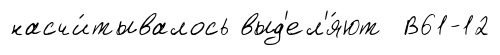
насчи́тывалось выд'ел'я́ют В61-12